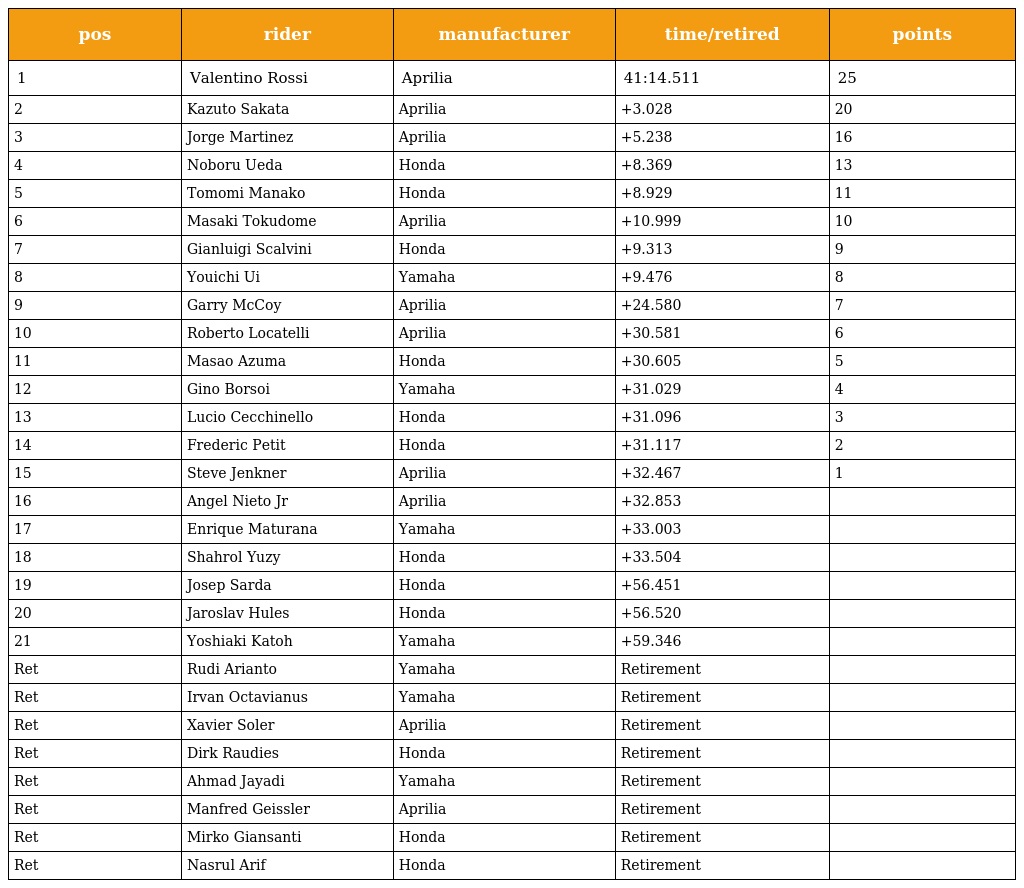
| pos | rider | manufacturer | time/retired | points |
 | --- | --- | --- | --- | --- |
 | 1 | Valentino Rossi | Aprilia | 41:14.511 | 25 |
 | 2 | Kazuto Sakata | Aprilia | +3.028 | 20 |
 | 3 | Jorge Martinez | Aprilia | +5.238 | 16 |
 | 4 | Noboru Ueda | Honda | +8.369 | 13 |
 | 5 | Tomomi Manako | Honda | +8.929 | 11 |
 | 6 | Masaki Tokudome | Aprilia | +10.999 | 10 |
 | 7 | Gianluigi Scalvini | Honda | +9.313 | 9 |
 | 8 | Youichi Ui | Yamaha | +9.476 | 8 |
 | 9 | Garry McCoy | Aprilia | +24.580 | 7 |
 | 10 | Roberto Locatelli | Aprilia | +30.581 | 6 |
 | 11 | Masao Azuma | Honda | +30.605 | 5 |
 | 12 | Gino Borsoi | Yamaha | +31.029 | 4 |
 | 13 | Lucio Cecchinello | Honda | +31.096 | 3 |
 | 14 | Frederic Petit | Honda | +31.117 | 2 |
 | 15 | Steve Jenkner | Aprilia | +32.467 | 1 |
 | 16 | Angel Nieto Jr | Aprilia | +32.853 |  |
 | 17 | Enrique Maturana | Yamaha | +33.003 |  |
 | 18 | Shahrol Yuzy | Honda | +33.504 |  |
 | 19 | Josep Sarda | Honda | +56.451 |  |
 | 20 | Jaroslav Hules | Honda | +56.520 |  |
 | 21 | Yoshiaki Katoh | Yamaha | +59.346 |  |
 | Ret | Rudi Arianto | Yamaha | Retirement |  |
 | Ret | Irvan Octavianus | Yamaha | Retirement |  |
 | Ret | Xavier Soler | Aprilia | Retirement |  |
 | Ret | Dirk Raudies | Honda | Retirement |  |
 | Ret | Ahmad Jayadi | Yamaha | Retirement |  |
 | Ret | Manfred Geissler | Aprilia | Retirement |  |
 | Ret | Mirko Giansanti | Honda | Retirement |  |
 | Ret | Nasrul Arif | Honda | Retirement |  |